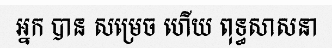
អ្នក បាន សម្រេច ហើយ ពុទ្ធសាសនា